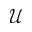
\mathcal { U }